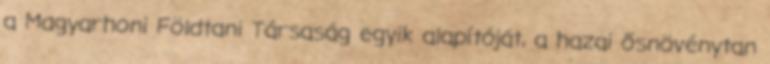
a Magyarhoni Földtani Társaság egyik alapítóját, a hazai ősnövénytan